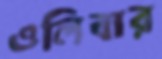
ওলিবার